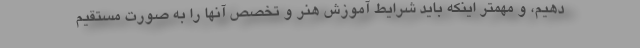
دهیم، و مهمتر اینکه باید شرایط آموزش هنر و تخصص آنها را به صورت مستقیم